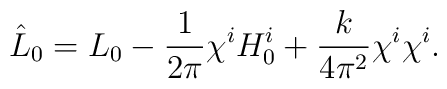
\hat{L}_0 = L_0 - \frac{1}{2 \pi} \chi^{i} H^i_{0} + \frac{k}{4 \pi^2} \chi^{i} \chi^{i}.